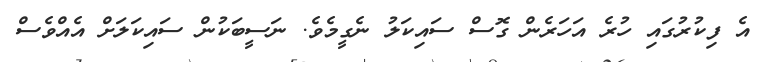
އެ ފިކުރުގައި ހުރެ އަހަރެން ގޮސް ސައިކަލު ނެގީމެވެ. ނަސީބަކުން ސައިކަލަށް އެއްވެސް